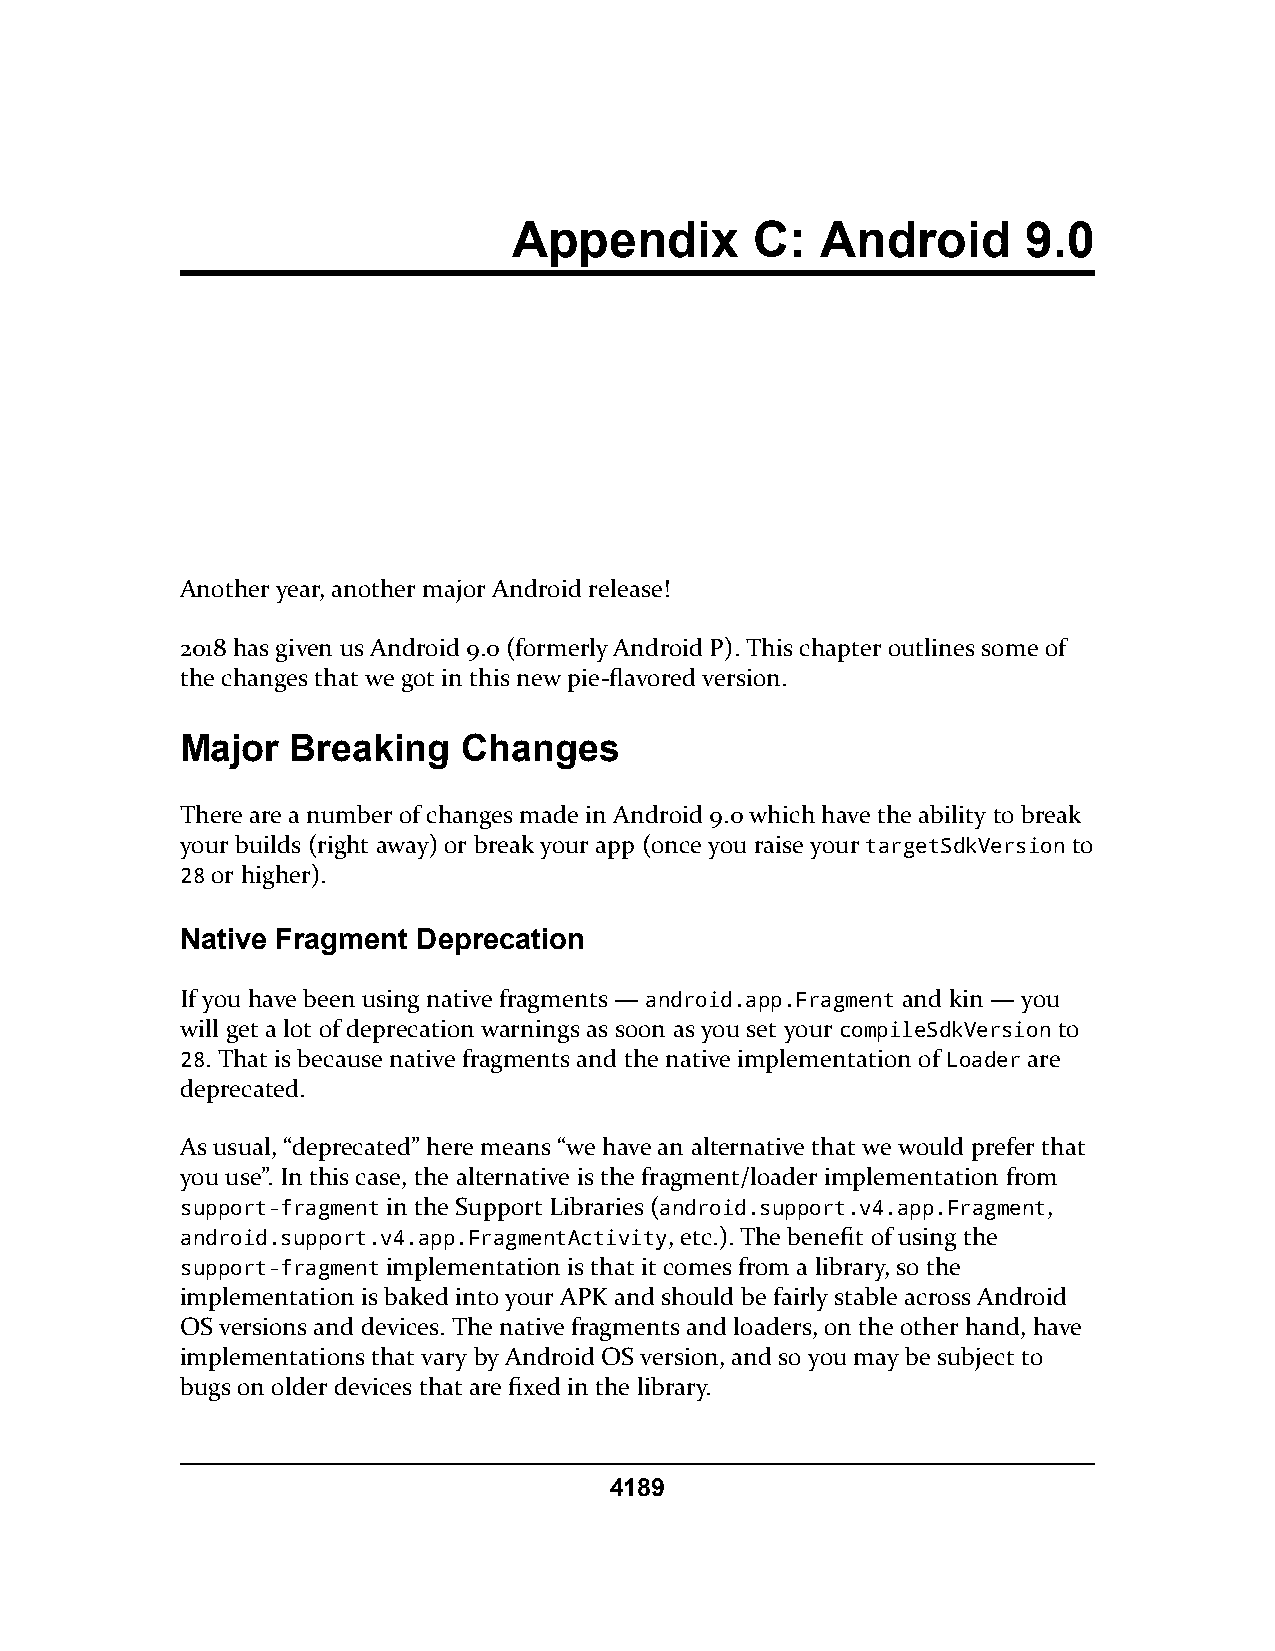
Appendix        C:  Android       9.0
 Another year, another major Android release!
 2018 has given us Android 9.0 (formerly Android P). This chapter outlines some of
 the changes that we got in this new pie-flavored version.
 Major  Breaking    Changes
 There are a number of changes made in Android 9.0 which have the ability to break
 your builds (right away) or break your app (once you raise your targetSdkVersion to
 28 or higher).
 Native Fragment Deprecation
 If you have been using native fragments — android.app.Fragment and kin — you
 will get a lot of deprecation warnings as soon as you set your compileSdkVersion to
 28. That is because native fragments and the native implementation of Loader are
 deprecated.
 As usual, “deprecated” here means “we have an alternative that we would prefer that
 you use”. In this case, the alternative is the fragment/loader implementation from
 support-fragment in the Support Libraries (android.support.v4.app.Fragment,
 android.support.v4.app.FragmentActivity, etc.). The benefit of using the
 support-fragment implementation is that it comes from a library, so the
 implementation is baked into your APK and should be fairly stable across Android
 OS versions and devices. The native fragments and loaders, on the other hand, have
 implementations that vary by Android OS version, and so you may be subject to
 bugs on older devices that are fixed in the library.
 4189